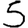
Digit: 5